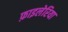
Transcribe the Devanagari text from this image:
फ़ाइलेरिया